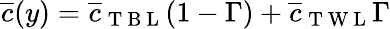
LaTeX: \overline{{c}}(y)=\overline{{c}}_{\mathrm{~T~B~L~}}(1-\Gamma)+\overline{{c}}_{\mathrm{~T~W~L~}}\Gamma